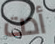
أدت